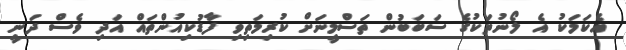
އެކަމަކު އެ ލޯނުތަކުގެ ސަބަބުން ތަސްމީނަށް ކުރިމަތިވި ފާޑުކިއުންތައް އަދި ވެސް ދަނީ